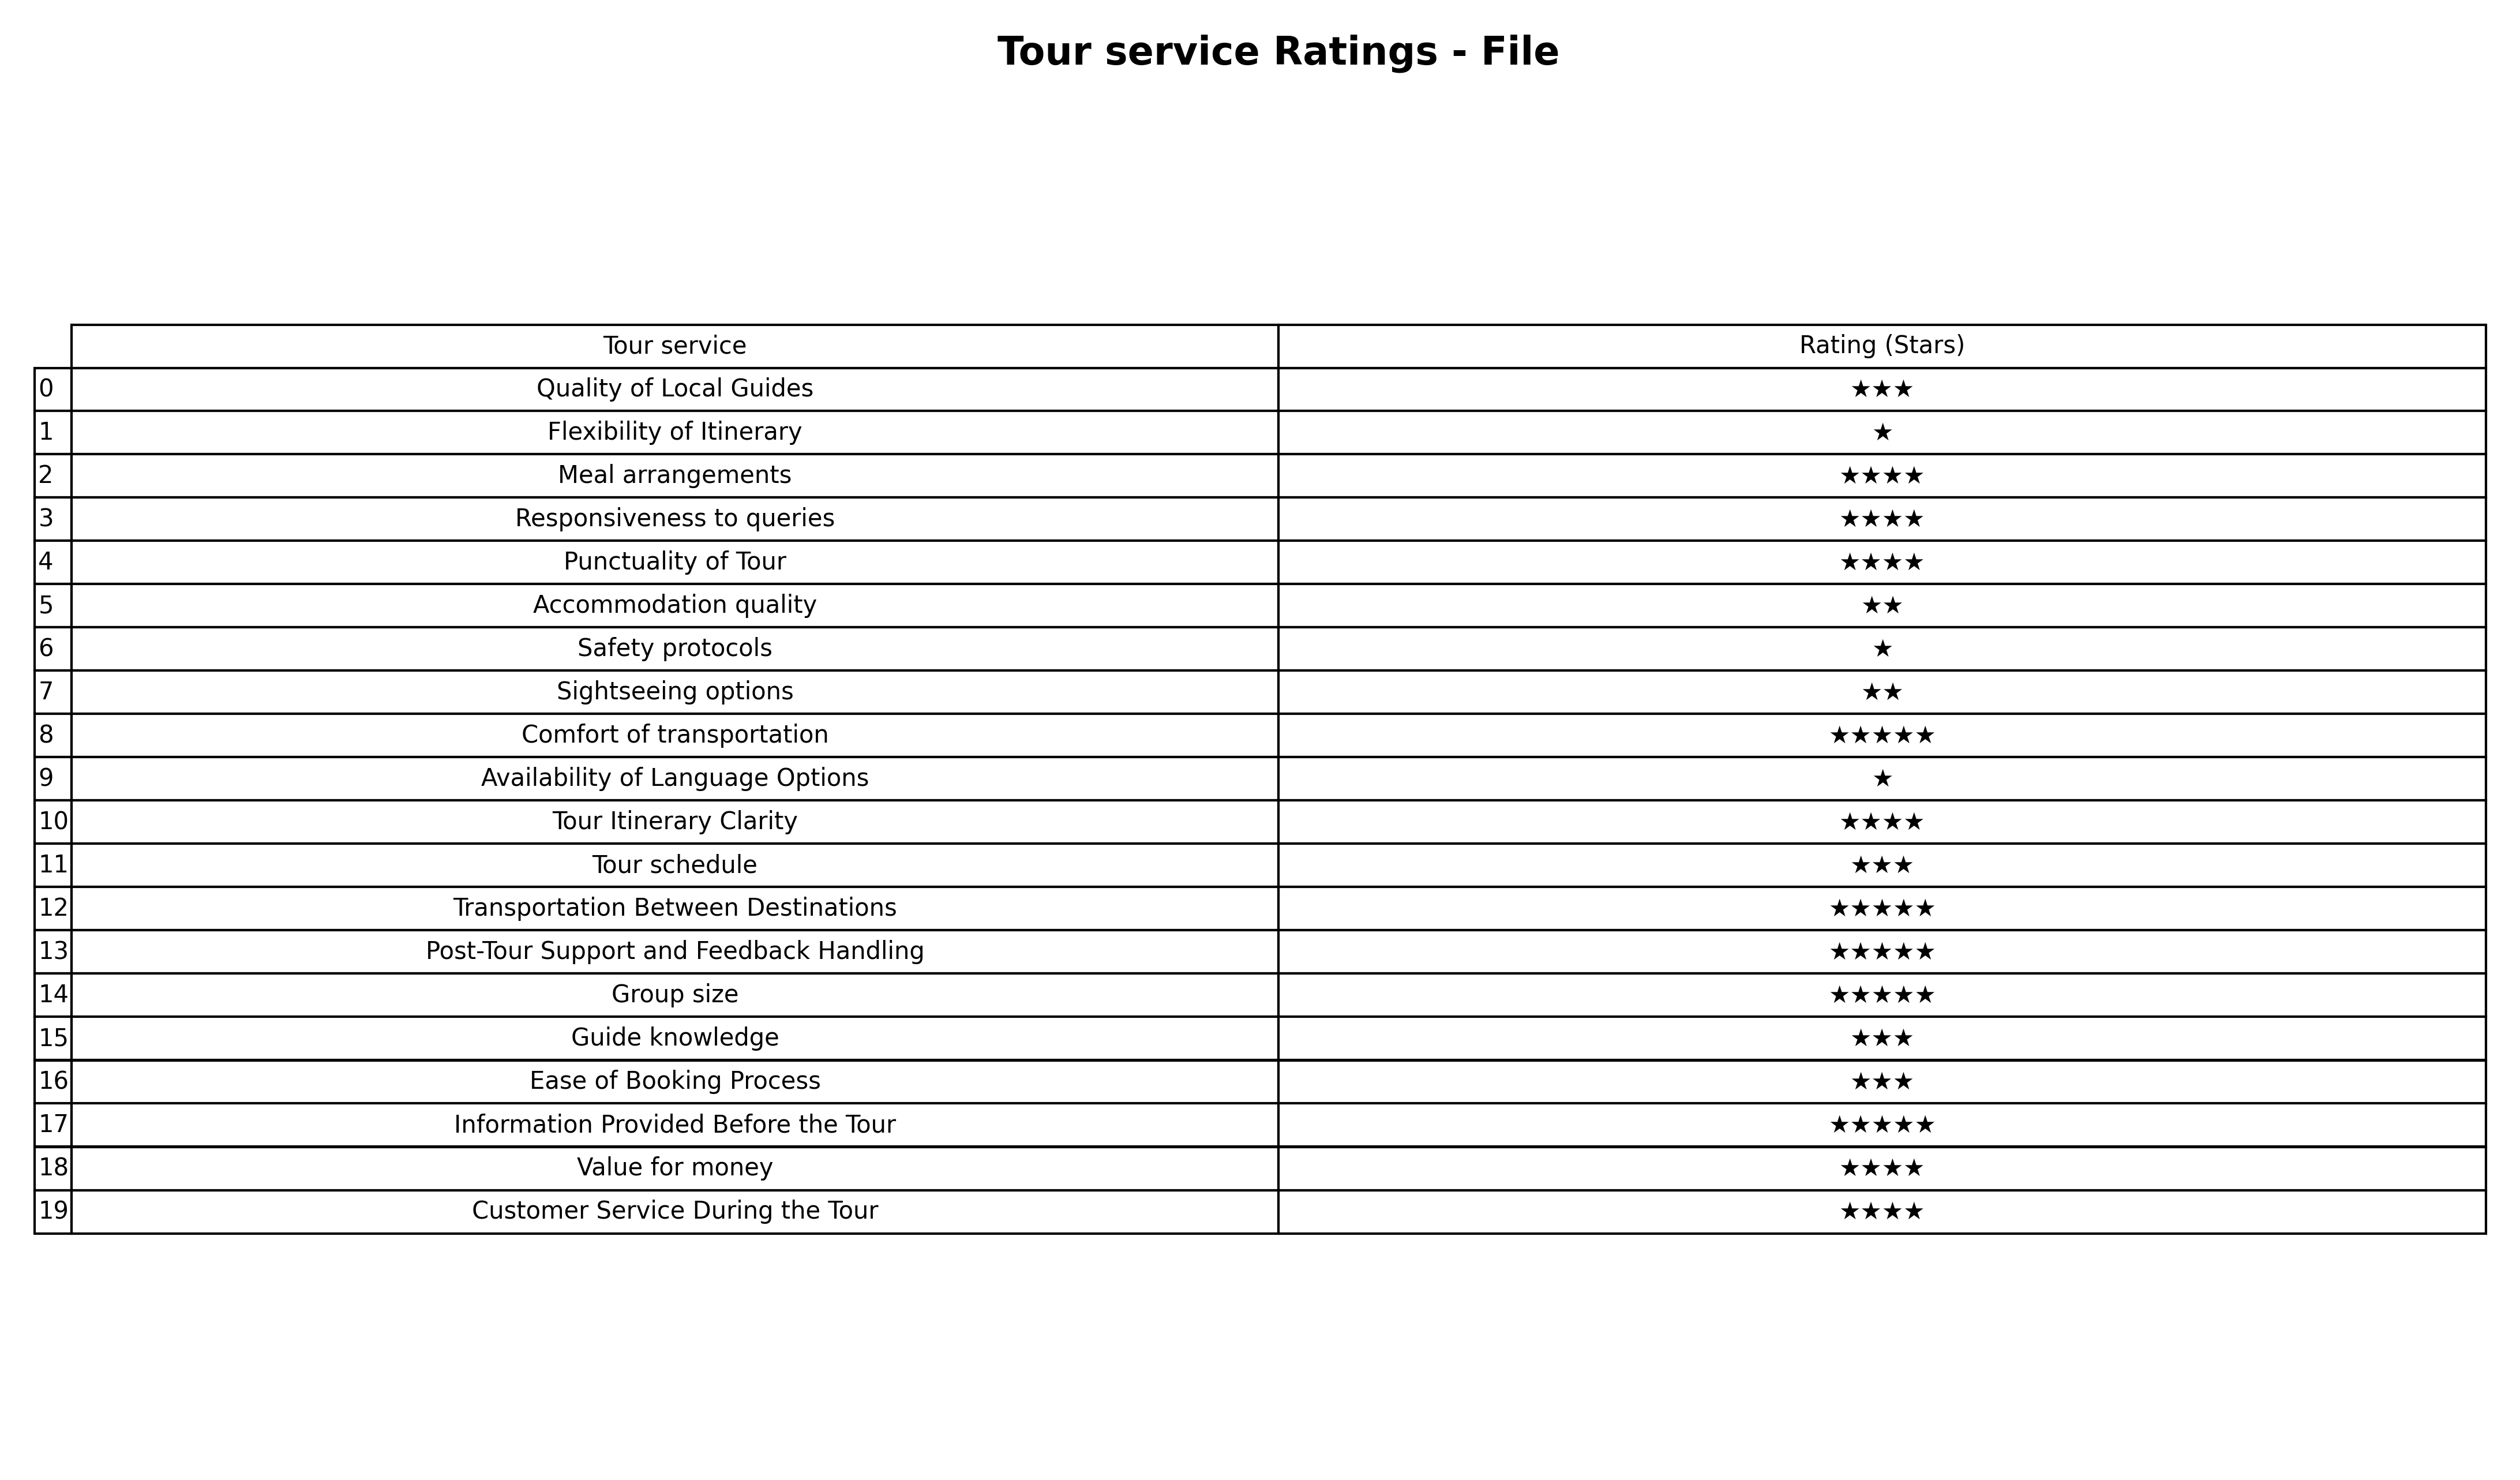
question: Which services are rated average?
answer: Quality of Local GuidesTour scheduleGuide knowledgeEase of Booking Process